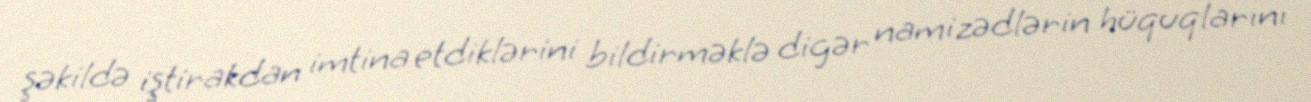
şəkildə iştirakdan imtina etdiklərini bildirməklə digər namizədlərin hüquqlarını